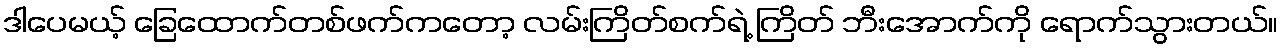
ဒါပေမယ့် ခြေထောက်တစ်ဖက်ကတော့ လမ်းကြိတ်စက်ရဲ့ ကြိတ် ဘီးအောက်ကို ရောက်သွားတယ်။